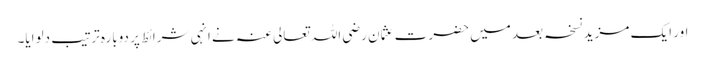
اور ایک مزید نسخہ بعد میں‌ حضرت عثمان رضی اللہ تعالی عنہ نے انہی شرائط پر دوبارہ ترتیب دلوایا۔